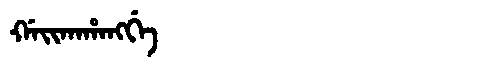
Manchu: ᡤᠠᡳᡴᠠᡥᠠᠩᡤᡝ
Romanization: GAIKAHANGGE